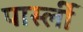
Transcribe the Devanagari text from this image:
पार्स्ली